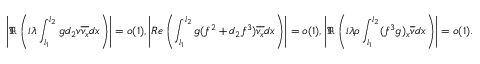
\left| \Re \left( i { \lambda } \int _ { l _ { 1 } } ^ { l _ { 2 } } g d _ { 2 } v \overline { { v _ { x } } } d x \right) \right| = o ( 1 ) , \left| R e \left( \int _ { l _ { 1 } } ^ { l _ { 2 } } g ( f ^ { 2 } + d _ { 2 } f ^ { 3 } ) \overline { { v _ { x } } } d x \right) \right| = o ( 1 ) , \left| \Re \left( i { \lambda } \rho \int _ { l _ { 1 } } ^ { l _ { 2 } } ( f ^ { 3 } g ) _ { x } \overline { { v } } d x \right) \right| = o ( 1 ) .